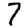
Digit: 7